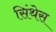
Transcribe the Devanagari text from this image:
सिंथेस